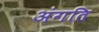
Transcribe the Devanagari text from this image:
अंगति